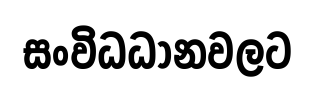
සංවිධධානවලට